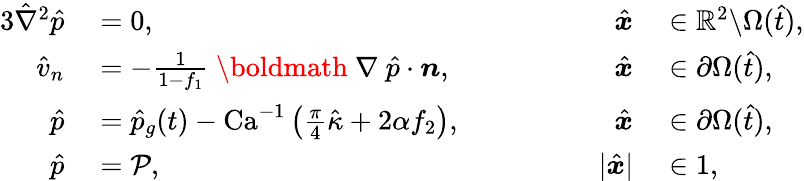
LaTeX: \begin{array}{rlrl}{{3}\hat{\nabla}^{2}\hat{p}}&{{}=0,}&{\hat{\boldsymbol{x}}}&{{}\in\mathbb{R}^{2}\backslash\Omega(\hat{t}),}\\ {\hat{v}_{n}}&{{}=-\frac{1}{1-f_{1}}\mathrm{~\boldmath~\nabla~}\hat{p}\cdot\boldsymbol{n},}&{\hat{\boldsymbol{x}}}&{{}\in\partial\Omega(\hat{t}),}\\ {\hat{p}}&{{}=\hat{p}_{g}(t)-\textrm{Ca}^{-1}\left(\frac{\pi}{4}\hat{\kappa}+2\alpha f_{2}\right),\qquad\qquad}&{\hat{\boldsymbol{x}}}&{{}\in\partial\Omega(\hat{t}),}\\ {\hat{p}}&{{}=\mathcal{P},\qquad\qquad}&{|\hat{\boldsymbol{x}}|}&{{}\in 1,}\end{array}